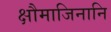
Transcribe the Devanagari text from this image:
क्षौमाजिनानि